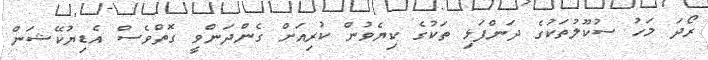
ރޯދަ މަހު ސުކޫލުތަކުގެ ދަންފަޅި ތަކުގެ ކިޔެވުން ކުރިއަށް ގެންދަންވީ ގޮތްވެސް އެޑިޔުކޭޝަން